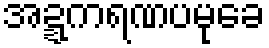
အဍ္ဍကရဏပမုခေ